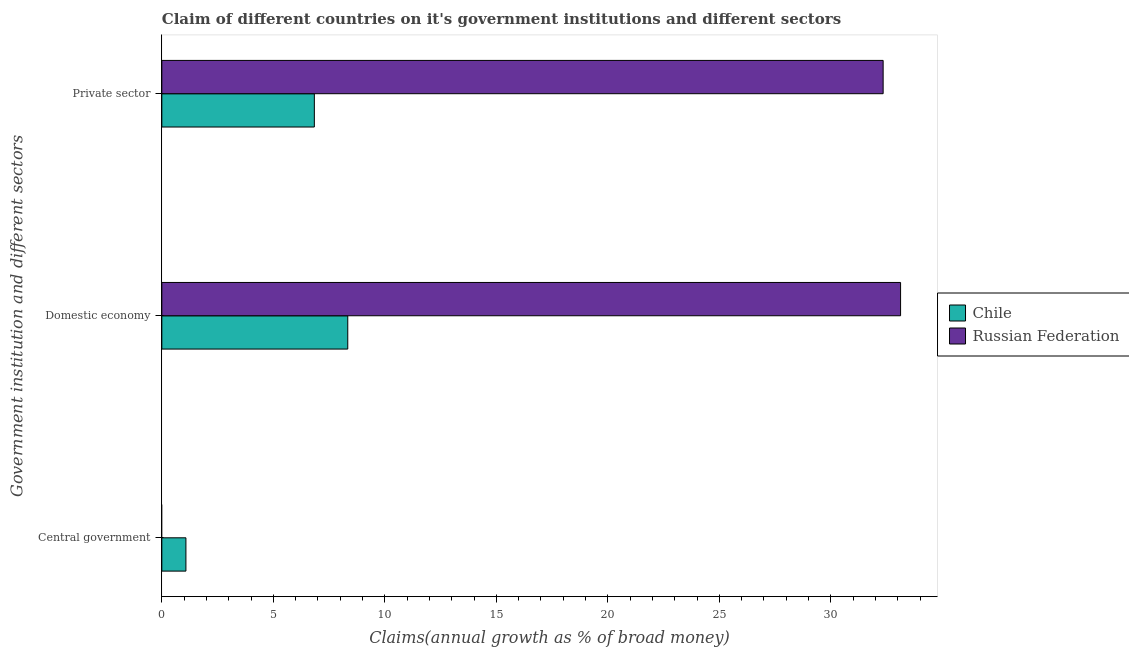
| Government institution and different sectors | Chile | Russian Federation |
 | --- | --- | --- |
 | Central government | 1.08 | -2.61 |
 | Domestic economy | 8.34 | 33.1 |
 | Private sector | 6.84 | 32.3 |